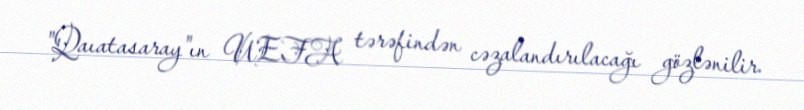
"Qaıatasaray"ın UEFA tərəfindən cəzalandırılacağı gözlənilir.